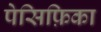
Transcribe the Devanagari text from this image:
पेसिफ़िका